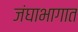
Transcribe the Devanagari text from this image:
जंघाभागात